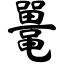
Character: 鼍